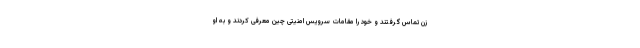
زن تماس گرفتند و خود را مقامات سرویس امنیتی چین معرفی کردند و به او